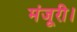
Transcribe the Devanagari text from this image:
मंजूरी।